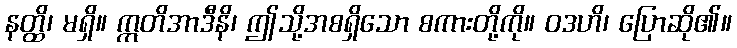
နတ္ထိ၊ မရှိ။ ဣတိအာဒီနိ၊ ဤသို့အစရှိသော စကားတို့ကို။ ဝဒဟိ၊ ပြောဆို၏။